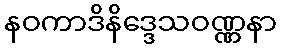
နဝကာဒိနိဒ္ဒေသဝဏ္ဏနာ